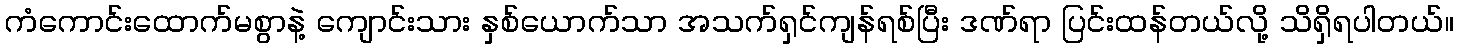
ကံကောင်းထောက်မစွာနဲ့ ကျောင်းသား နှစ်ယောက်သာ အသက်ရှင်ကျန်ရစ်ပြီး ဒဏ်ရာ ပြင်းထန်တယ်လို့ သိရှိရပါတယ်။